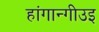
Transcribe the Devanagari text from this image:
हांगान्गीउइ